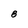
Character: 8